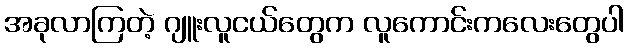
အခုလာကြတဲ့ ဂျူးလူငယ်တွေက လူကောင်းကလေးတွေပါ